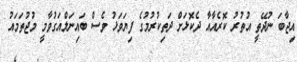
އިޖާބަ ނުދޭތީ އުތުރު ކޮރެއާއާ ދެކޮޅަށް ދަތިކުރުމުގެ ފިޔަވަޅު ވެސް ބައިނަލްއަގުވާމީ މުޖުތަމައު